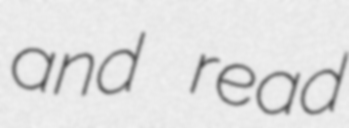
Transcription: and read